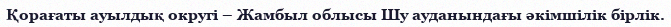
Қорағаты ауылдық округі – Жамбыл облысы Шу ауданындағы әкімшілік бірлік.